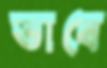
ভাবে